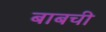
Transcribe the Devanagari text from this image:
बाबची